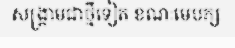
សង្គ្រាមជាថ្មីទៀត ខណៈមេបក្ស